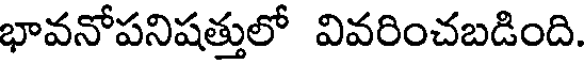
భావనోపనిషత్తులో వివరించబడింది.